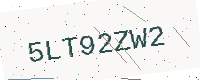
Text: 5LT92ZW2